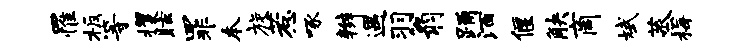
罹板等攫眩罪本旋惹啄辫遇羽翁踊酒偃觖商斌蒸梅